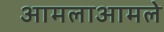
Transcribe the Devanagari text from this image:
आमलाआमले